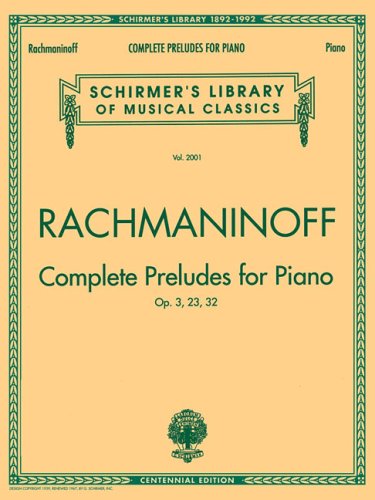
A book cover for Complete Preludes, Op. 3, 23, 32: Piano Solo; Humor & Entertainment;